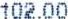
102.00